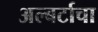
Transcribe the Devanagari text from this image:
अल्बर्टाचा